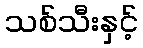
သစ်သီးနှင့်